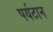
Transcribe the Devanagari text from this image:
पर्यटान